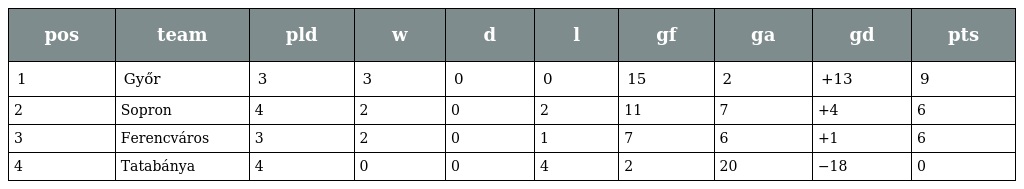
| pos | team | pld | w | d | l | gf | ga | gd | pts |
 | --- | --- | --- | --- | --- | --- | --- | --- | --- | --- |
 | 1 | Győr | 3 | 3 | 0 | 0 | 15 | 2 | +13 | 9 |
 | 2 | Sopron | 4 | 2 | 0 | 2 | 11 | 7 | +4 | 6 |
 | 3 | Ferencváros | 3 | 2 | 0 | 1 | 7 | 6 | +1 | 6 |
 | 4 | Tatabánya | 4 | 0 | 0 | 4 | 2 | 20 | −18 | 0 |